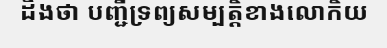
ដឹងថា បញ្ជីទ្រព្យសម្បត្តិខាងលោកិយ